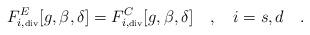
LaTeX: \begin{align*}F^E_{i,\tiny\mbox{div}}[g,\beta,\delta]=F^C_{i,\tiny\mbox{div}}[g,\beta,\delta]~~~,~~~i=s,d~~~.\end{align*}